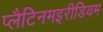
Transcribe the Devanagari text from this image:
प्लैटिनमइरीडियम